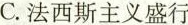
C.法西斯主义盛行